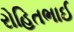
રોહિતભાઈ